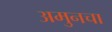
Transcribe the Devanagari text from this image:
अमुनचा